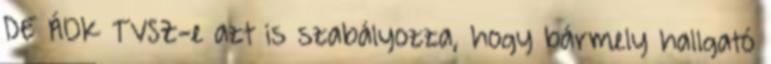
DE ÁOK TVSZ-e azt is szabályozza, hogy bármely hallgató